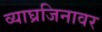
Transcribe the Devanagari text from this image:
व्याघ्रजिनावर